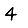
Digit: 4